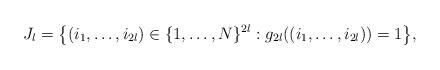
LaTeX: \begin{align*}J_{l}= \big\{(i_{1}, \dots, i_{2l}) \in \{1, \dots, N\}^{2l}: g_{2l}((i_{1}, \dots, i_{2l}))=1 \big\},\end{align*}